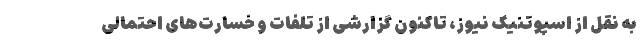
به نقل از اسپوتنیک نیوز، تاکنون گزارشی از تلفات و خسارت‌های احتمالی